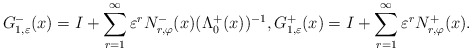
\begin{align*} G^-_{1,\varepsilon}(x)= {I}+\sum\limits_{r=1}^{\infty} \varepsilon^r N_{r,\varphi}^{-}(x) (\Lambda^{+}_{0}(x))^{-1}, G^+_{1,\varepsilon}(x)={I}+\sum\limits_{r=1}^{\infty} \varepsilon^r N_{r,\varphi}^{+}(x).\end{align*}